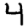
Digit: 4